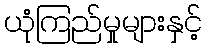
ယုံကြည်မှုများနှင့်